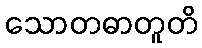
သောတဓာတူတိ